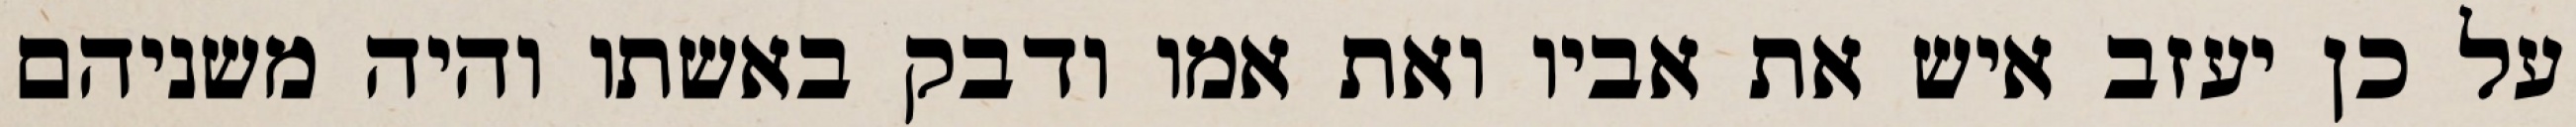
על כן יעזב איש את אביו ואת אמו ודבק באשתו והיה משניהם